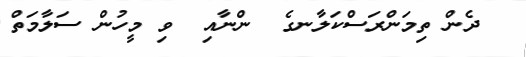
ދެން ތިމަންރަސްކަލާނގެ  ންނާއި  ވި މީހުން ސަލާމަތް